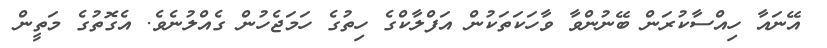
އޭނައާ ހިއްސާކުރަން ބޭނުންވާ ވާހަކަތަކުން އަފްލާކްގެ ހިތުގެ ހަމަޖެހުން ގެއްލުނެވެ. އެގޮތުގެ މަތީން